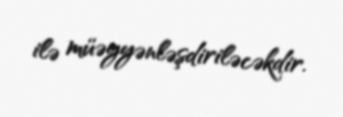
ilə müəyyənləşdiriləcəkdir.